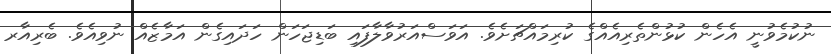
ނުކުމެވުނީ އެހެން ކުޅުންތެރިއެއްގެ ކުރިމައްޗަށެވެ. އަވަސްއަރުވާލާފައި ބަޑިޖަހަން ހަދައިގެން އަމާޒެއް ނުވިއެވެ. ބެރިއާރ